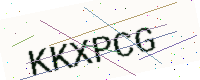
Text: KKXPCG